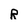
Character: R